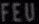
FEU